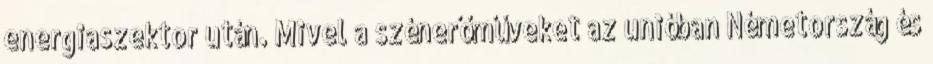
energiaszektor után. Mivel a szénerőműveket az unióban Németország és